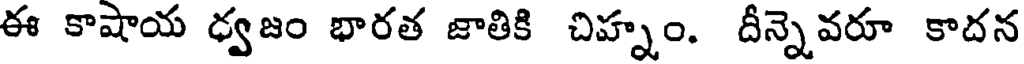
ఈ కాషాయ ధ్వజం భారత జాతికి చిహ్నం. దీన్నెవరూ కాదన